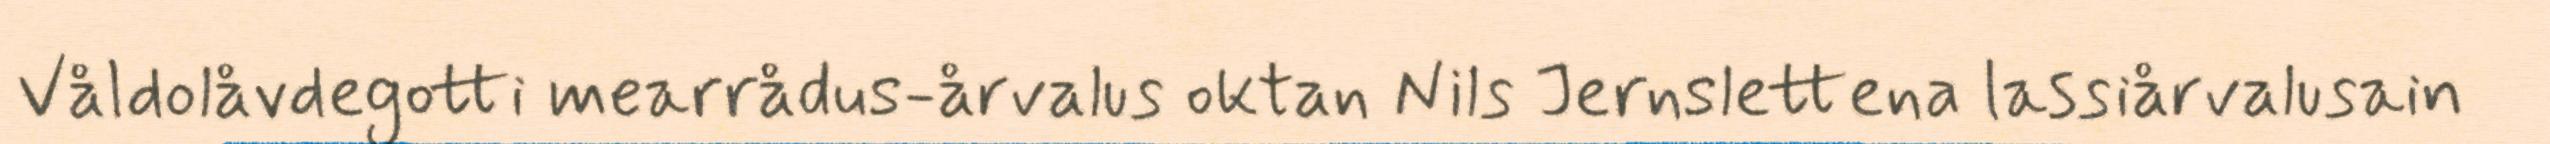
Våldolåvdegotti mearrådus-årvalus oktan Nils Jernslettena lassiårvalusain